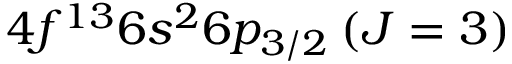
4 f ^ { 1 3 } 6 s ^ { 2 } 6 p _ { 3 / 2 } \: ( J = 3 )